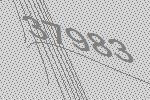
37983